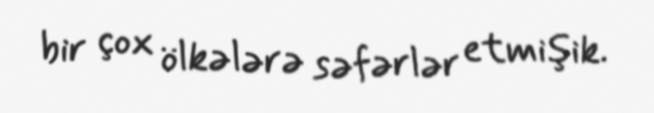
bir çox ölkələrə səfərlər etmişik.